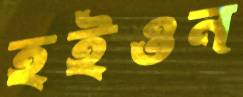
হইওন